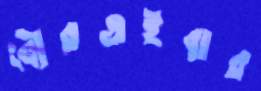
বৌরগুইবার